Tartu_linnavalitsus, lk 10
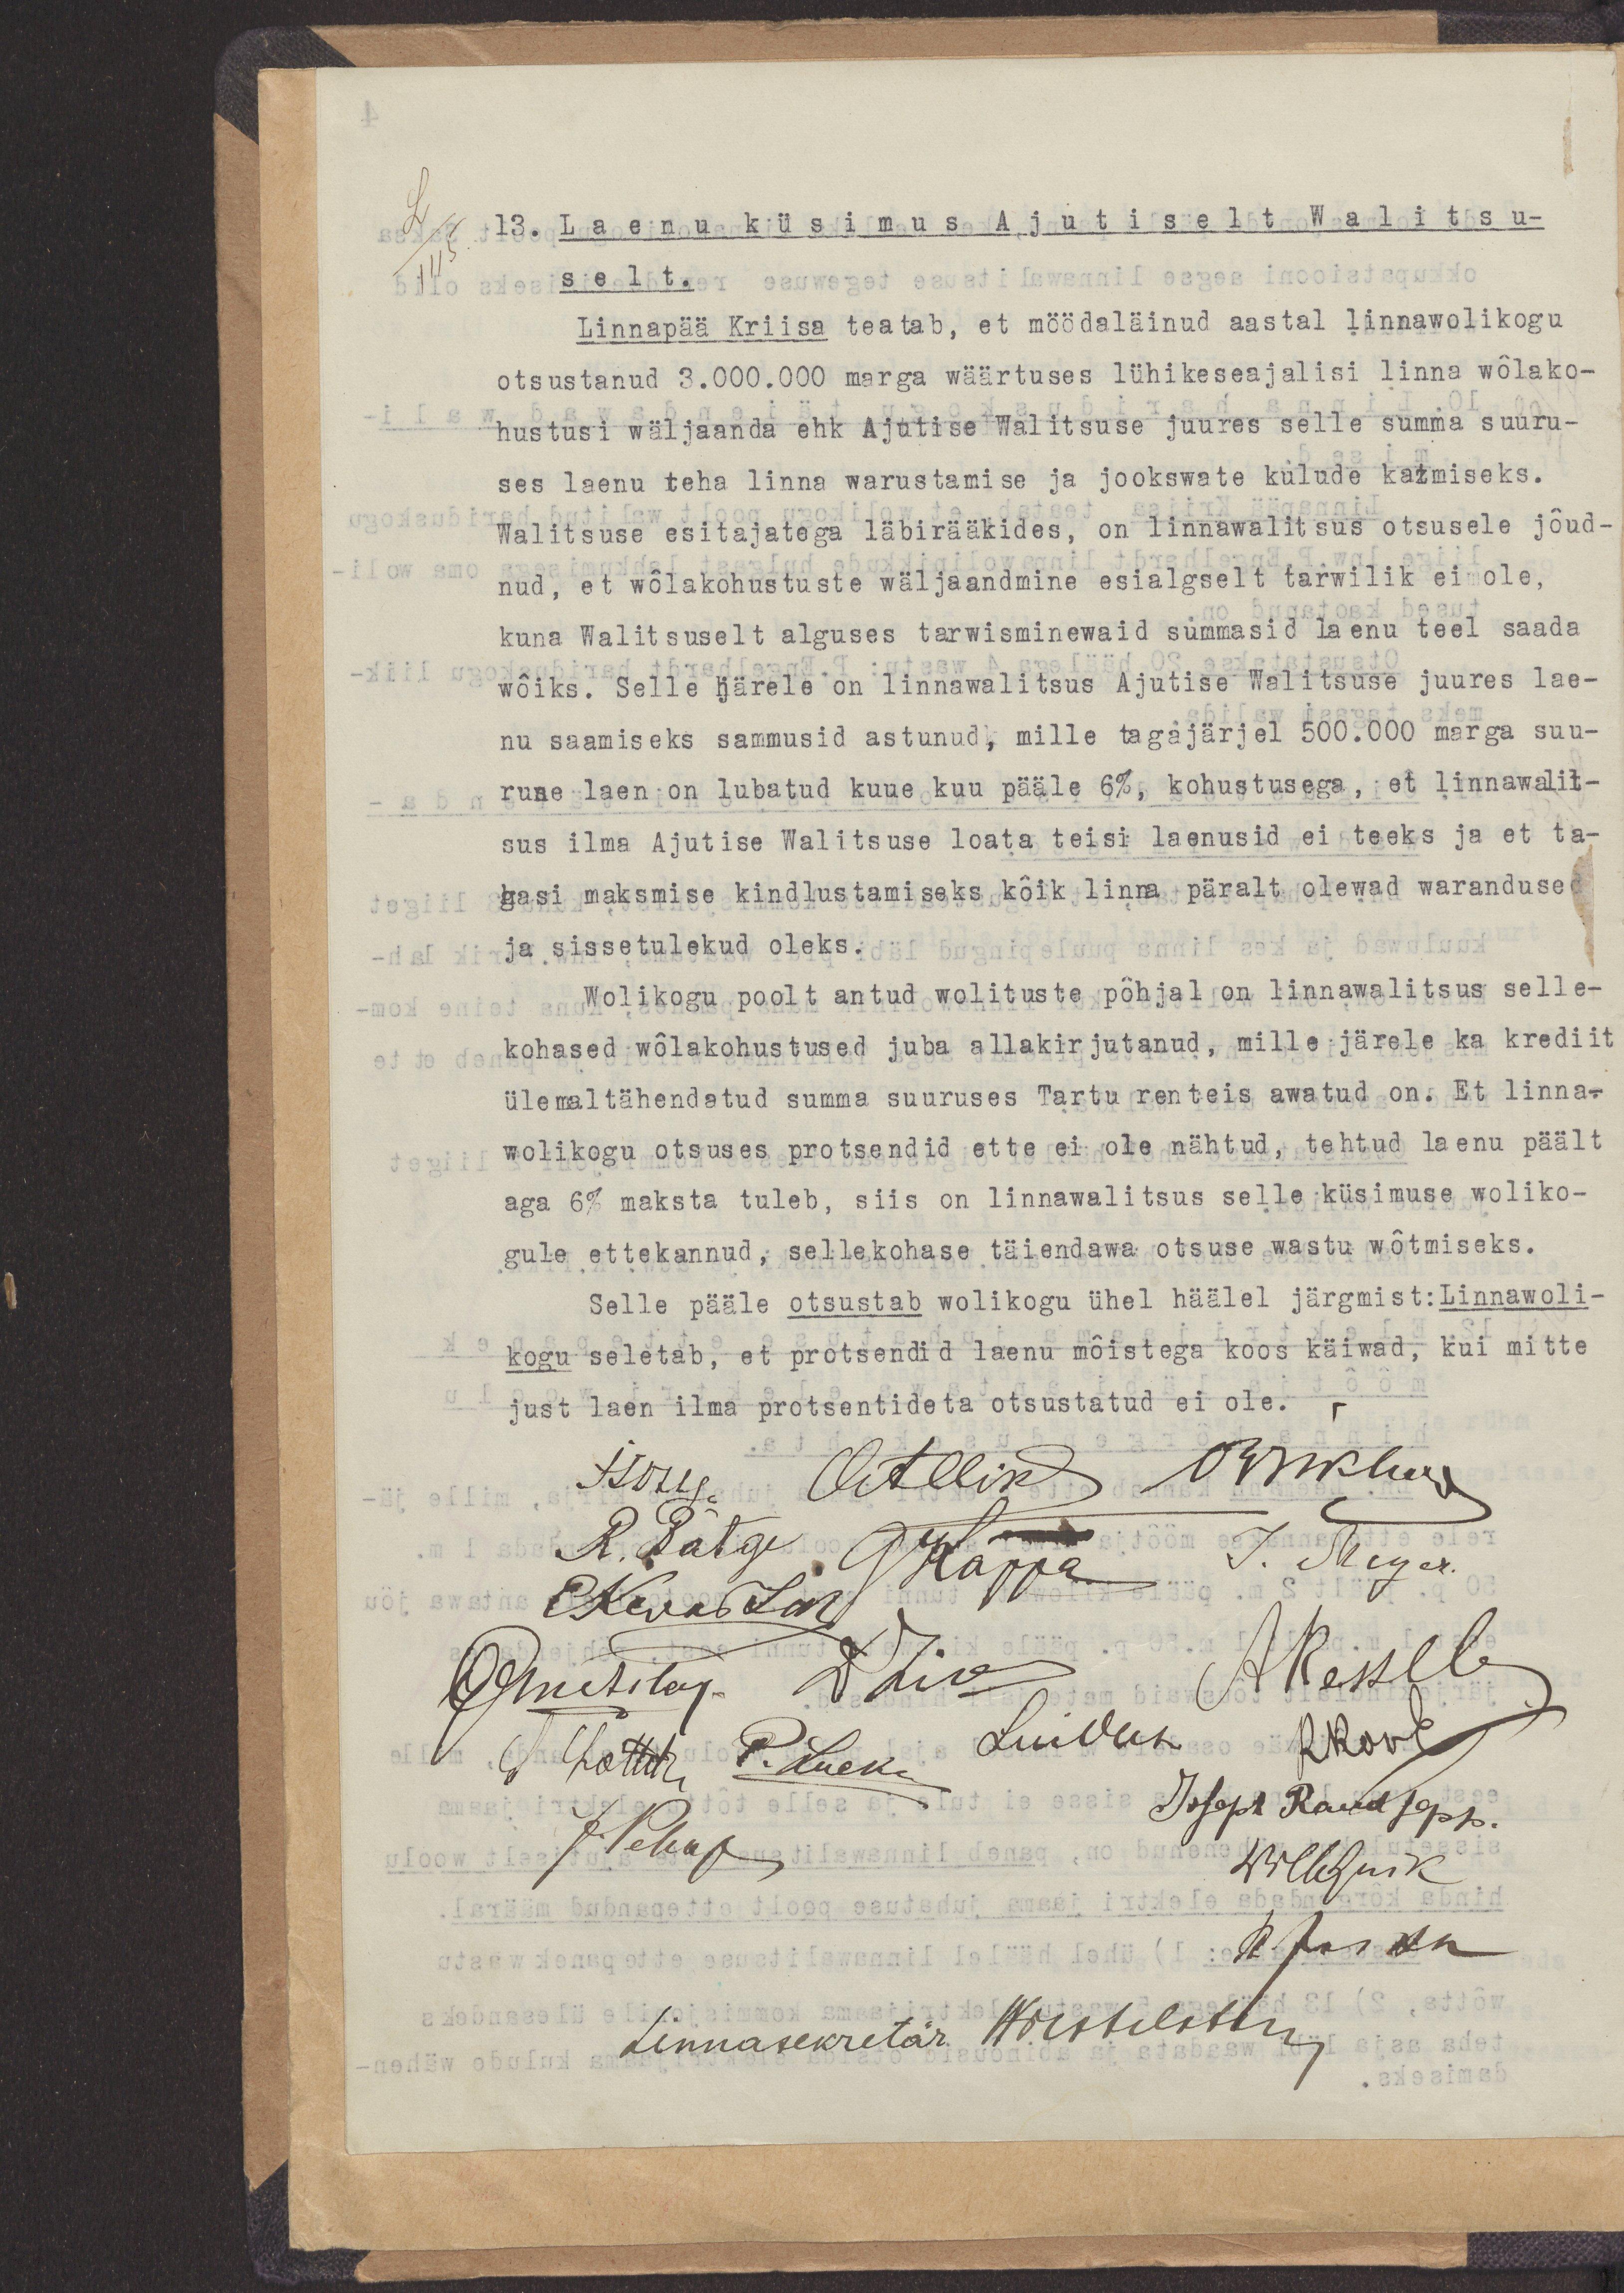
13. Laenu küsimus Ajutiselt Walitsu-
selt.
Linnapää Kriisa  teatab, et möödaläinud aastal linnawolikogu
otsustanud 3.000.000 marga wäärtuses lühikeseajalisi linna wõlako-
hustusi wäljaanda ehk Ajutise Walitsuse juures selle summa suuru-
ses laenu teha linna warustamise ja jookswate kulude katmiseks.
Walitsuse esitajatega läbirääkides, on linnawalitsus otsusele jõud-
nud, et wõlakohustuste wäljaandmine esialgselt tarwilik ei ole,
kuna Walitsuselt alguses tarwisminewaid summasid laenu teel saada
wõiks. Selle järele on linnawalitsus Ajutise Walitsuse juures lae-
nu saamiseks sammusid astunud, mille tagajärjel 500.000 marga suu-
rune laen on lubatud kuue kuu pääle 6%, kohustusega, et linnawalit-
sus ilma Ajutise Walitsuse loata teisi laenusid ei teeks ja et ta-
gasi maksmise kindlustamiseks kõik linna päralt olewad waranduse
ja sissetulekud oleks
Wolikogu poolt antud wolituste põhjal on linnawalitsus selle-
kohased wõlakohustused juba allakirjutanud, mille järele ja krediit
ülemaltähendatud summa suuruses Tartu renteis awatud on. Et linna-
wolikogu otsuses protsendid ette ei ole nähtud, tehtud laenu päält
aga 6% maksta tuleb, siis on linnawalitsus selle küsimuse woliko-
gule ettekannud, sellekohase täiendawa otsuse wastu wõtmiseks.
Selle pääle otsustab wolikogu ühel häälel järgmist: Linnawoli-
kogu seletab, et protsendid laenu mõistega koos käiwad, kui mitte
just laen ilma protsentideta otsustatud ei ole.